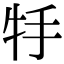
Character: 𤘶